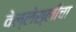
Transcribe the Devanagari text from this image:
वेल्लेस्लीचा